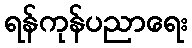
ရန်ကုန်ပညာရေး